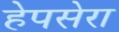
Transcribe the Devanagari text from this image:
हेपसेरा